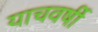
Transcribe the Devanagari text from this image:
याचवर्षी